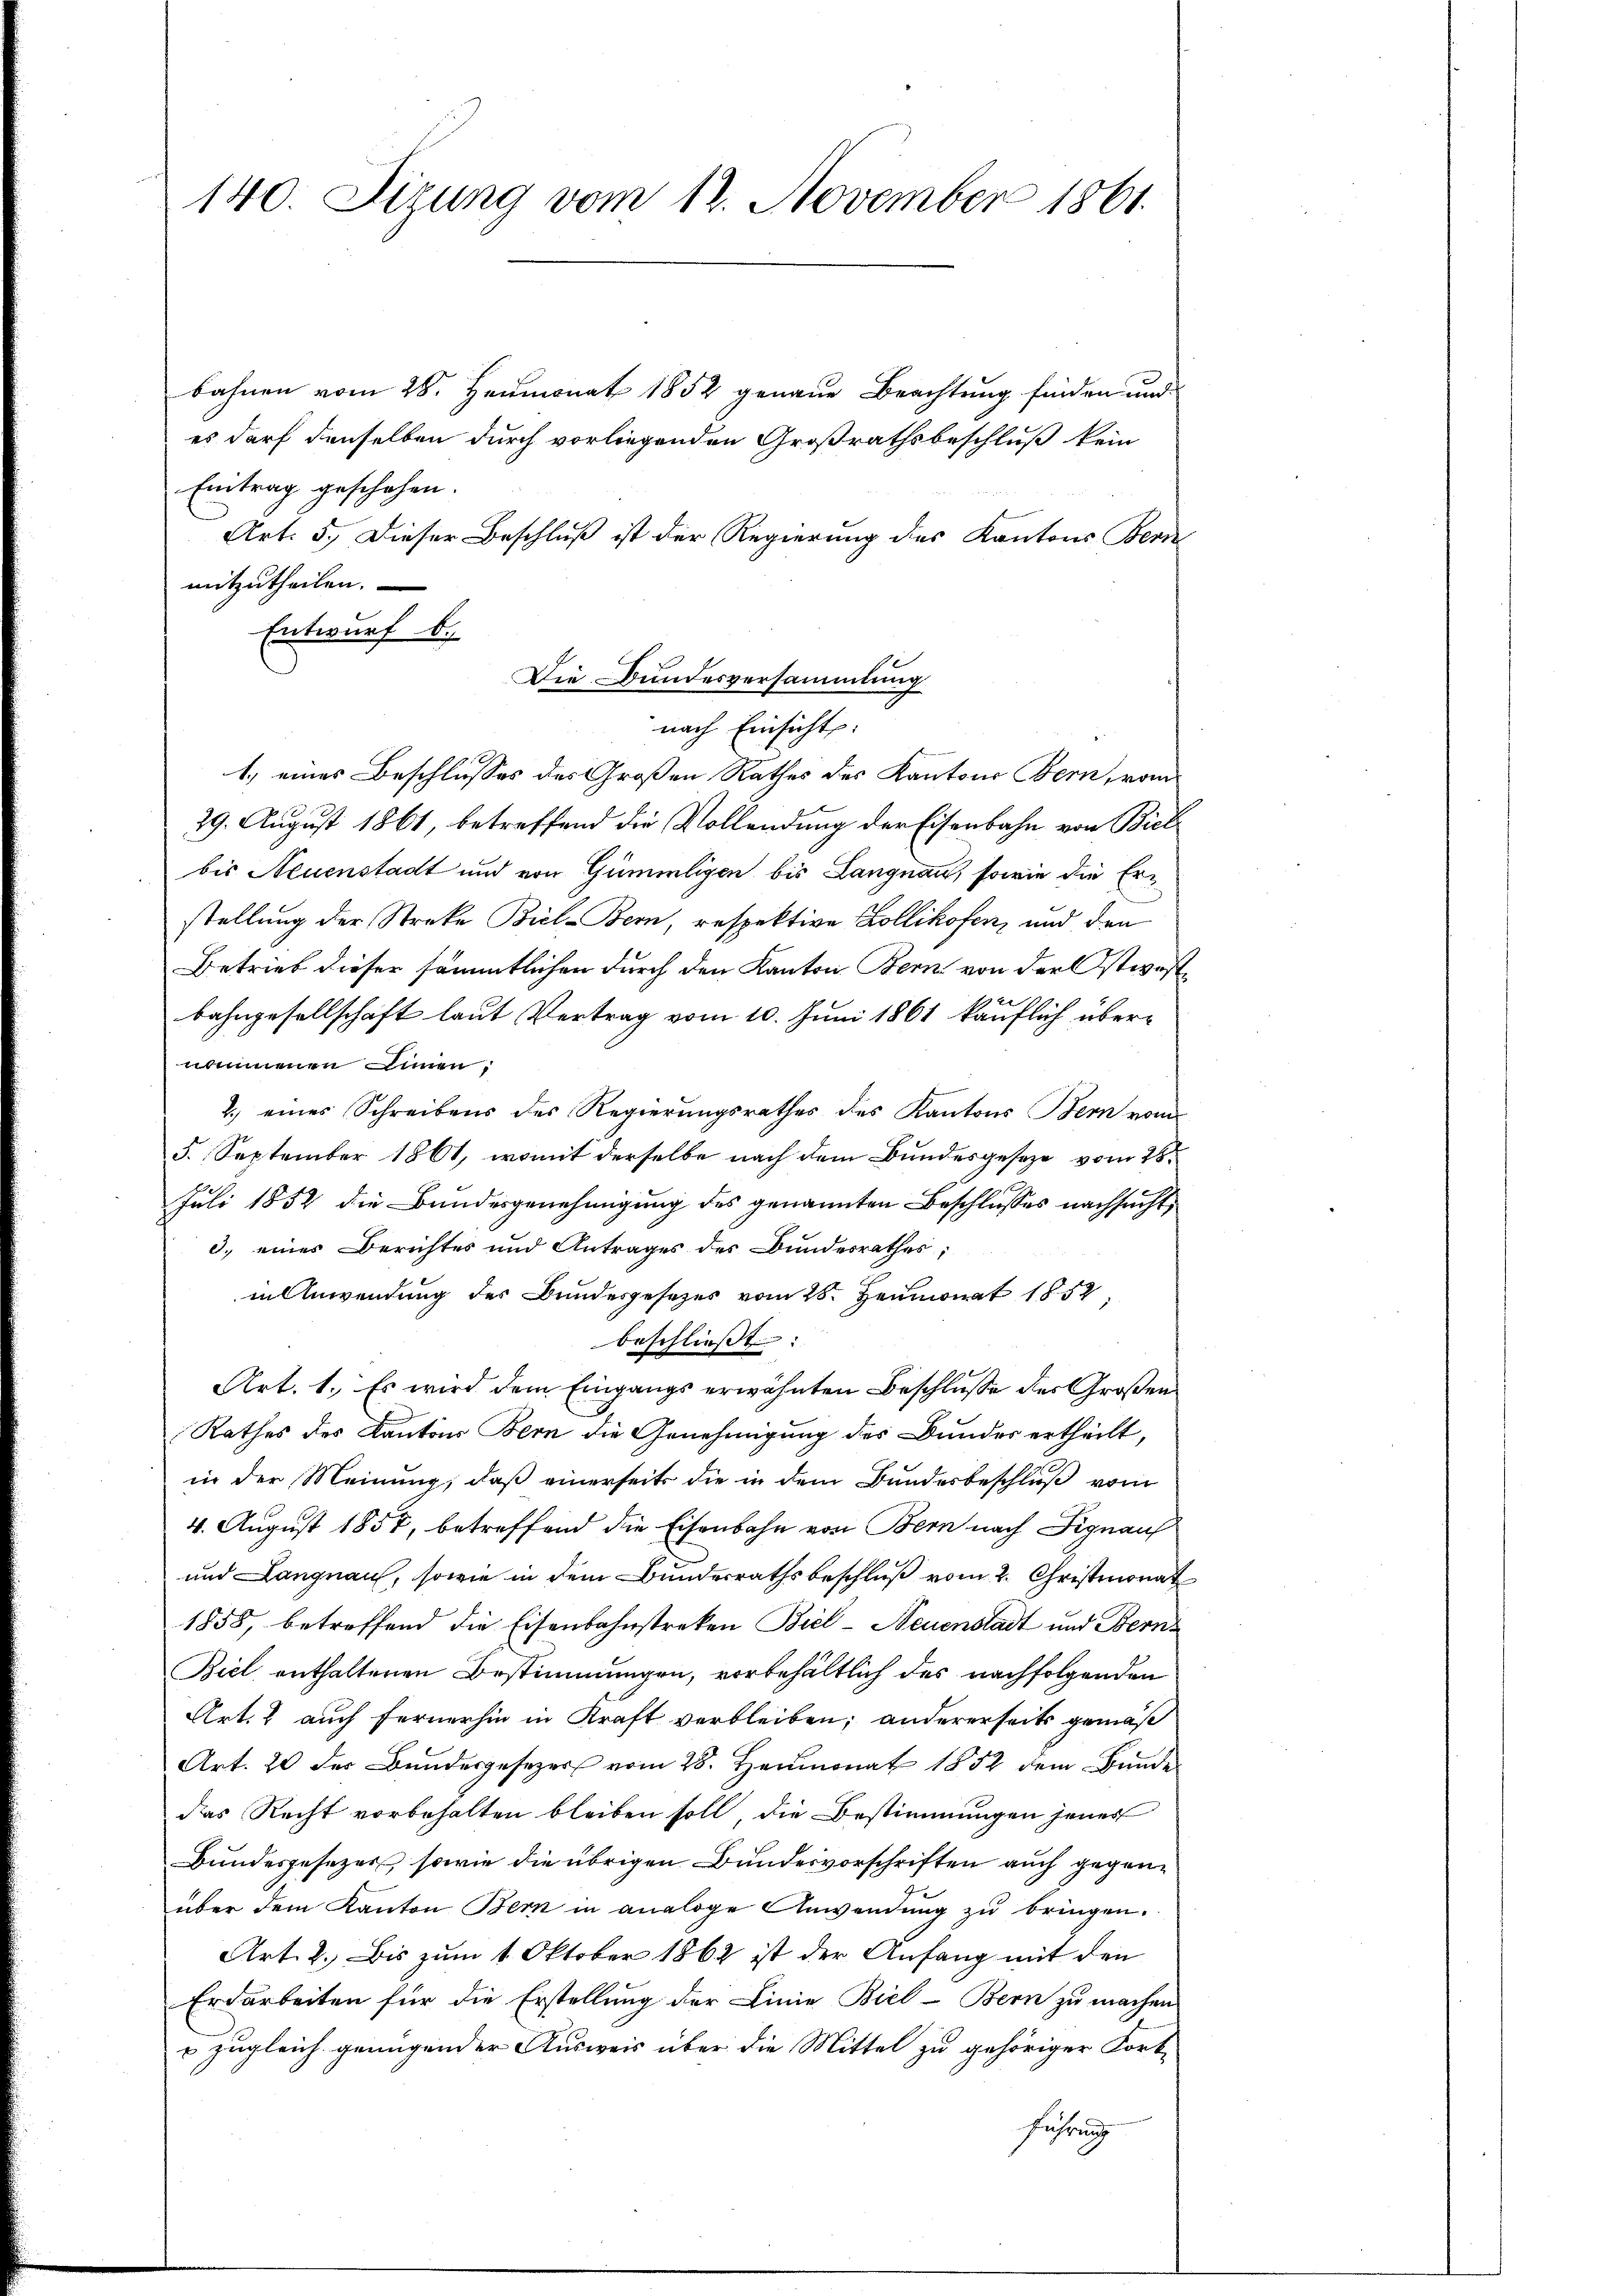
140. Sizung vom 12. November 1861.

bahnen vom 28. Heumonat 1852 genaue Beachtung finden und
es darf denselben durch vorliegenden Großrathsbeschluß kein
Eintrag geschehen.
Art: 5. Dieser Beschluß ist der Regierung des Kantons Beri
mitzutheilen.
Entwurf b.)
nach Einsicht:
1.) eines Beschlusses des Großen Rathes des Kantons Bern, vom
29. August 1861, betreffend die Vollendung der Eisenbahn von Biel
bis Neuenstadt und von Gümmligen bis Langnau, sowie die Erstellung der Streke Biel-Bern, respektive Zollikofen, und den
Betrieb dieser sämmtlichen durch den Kanton Bern von der Ostwestbahngesellschaft laut Vertrag vom 10. Juni 1861 käuflich übernommenen Sinnen.
2.) eines Schreibens des Regierŭngsrathes des Kantons Bern vom
5. September 1861, womit derselbe nach dem Bundesgeseze vom 28
Juli 1852 die Bundesgenehmigung des genannten Beschlusses nachsucht,
3.) eines Berichtes und Antrages des Bundesrathes;
in Anwendung des Bundesgesetzes vom 28. Heumonat 1852,
beschliesst. |
Art. 1. Es wird dem Eingangs erwähnten Beschluße des Großen
Rathes des Kantons Bern die Genehmigung des Bundes ertheilt,
in der Meinung, daß einerseits die in dem Bundesbeschluß vom
4. August 1857, betreffend die Eisenbahn von Bern nach Signau
und Langnau, sowie in dem Bunderrathsbeschluß vom 2. Christmonat
1858, betreffend die Eisenbahnstreken Biel - Neuenstadt und Bern
Biel enthaltenen Bestimmungen, vorbehältlich des nachfolgenden
Art. 2 auch fernerhin in Kraft verbleiben; andererseits gemäß
Art. 20 der Bundesgesezes vom 28. Heumonat 1852 dem Bunde
das Recht vorbehalten bleiben soll, die Bestimmungen jenes
Bundesgesezer, sowie die übrigen Bundesvorschriften auch gegenüber dem Kanton Bern in analoge Anwendung zu bringen.
Art. 2. Bis zum 1. Oktober 1862 ist der Anfang mit den
Erdarbeiten für die Erstellung der Linie Biel - Bern zu machen
 zugleich genügender Ausweis über die Mittel zu gehöriger Fort-
führung

Die Bundesversammlung